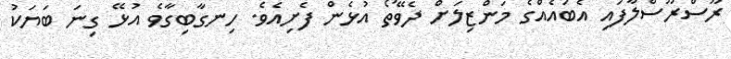
ރޫސްރޫސްލާފައި އެބައެއްގެ މަންޒިލަށް ދެވޭތޯ އުޅެން ފެށިއެވެ. ހިނގާބިގާވެ އުޅޭ ގިނަ ބަޔަކު